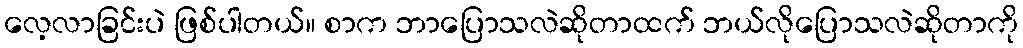
လေ့လာခြင်းပဲ ဖြစ်ပါတယ်။ စာက ဘာပြောသလဲဆိုတာထက် ဘယ်လိုပြောသလဲဆိုတာကို